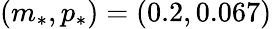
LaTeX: (m_{*},p_{*})=(0.2,0.067)